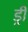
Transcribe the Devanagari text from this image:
ड्री